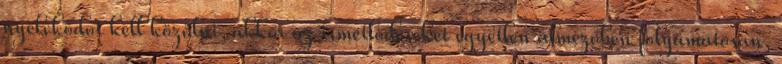
nyelvkódot kell közölni, akkor az ismétlődéseket egyetlen almezőben folyamatosan,